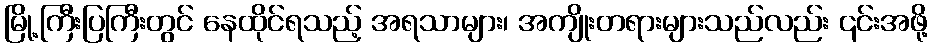
မြို့ကြီးပြကြီးတွင် နေထိုင်ရသည့် အရသာများ၊ အကျိုးတရားများသည်လည်း ၎င်းအဖို့